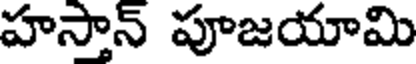
హసాన్ పూజయామి